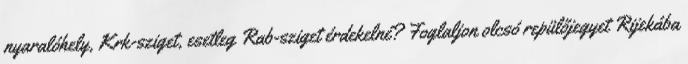
nyaralóhely, Krk-sziget, esetleg Rab-sziget érdekelné? Foglaljon olcsó repülőjegyet Rijekába